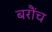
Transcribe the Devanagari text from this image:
बरौंच